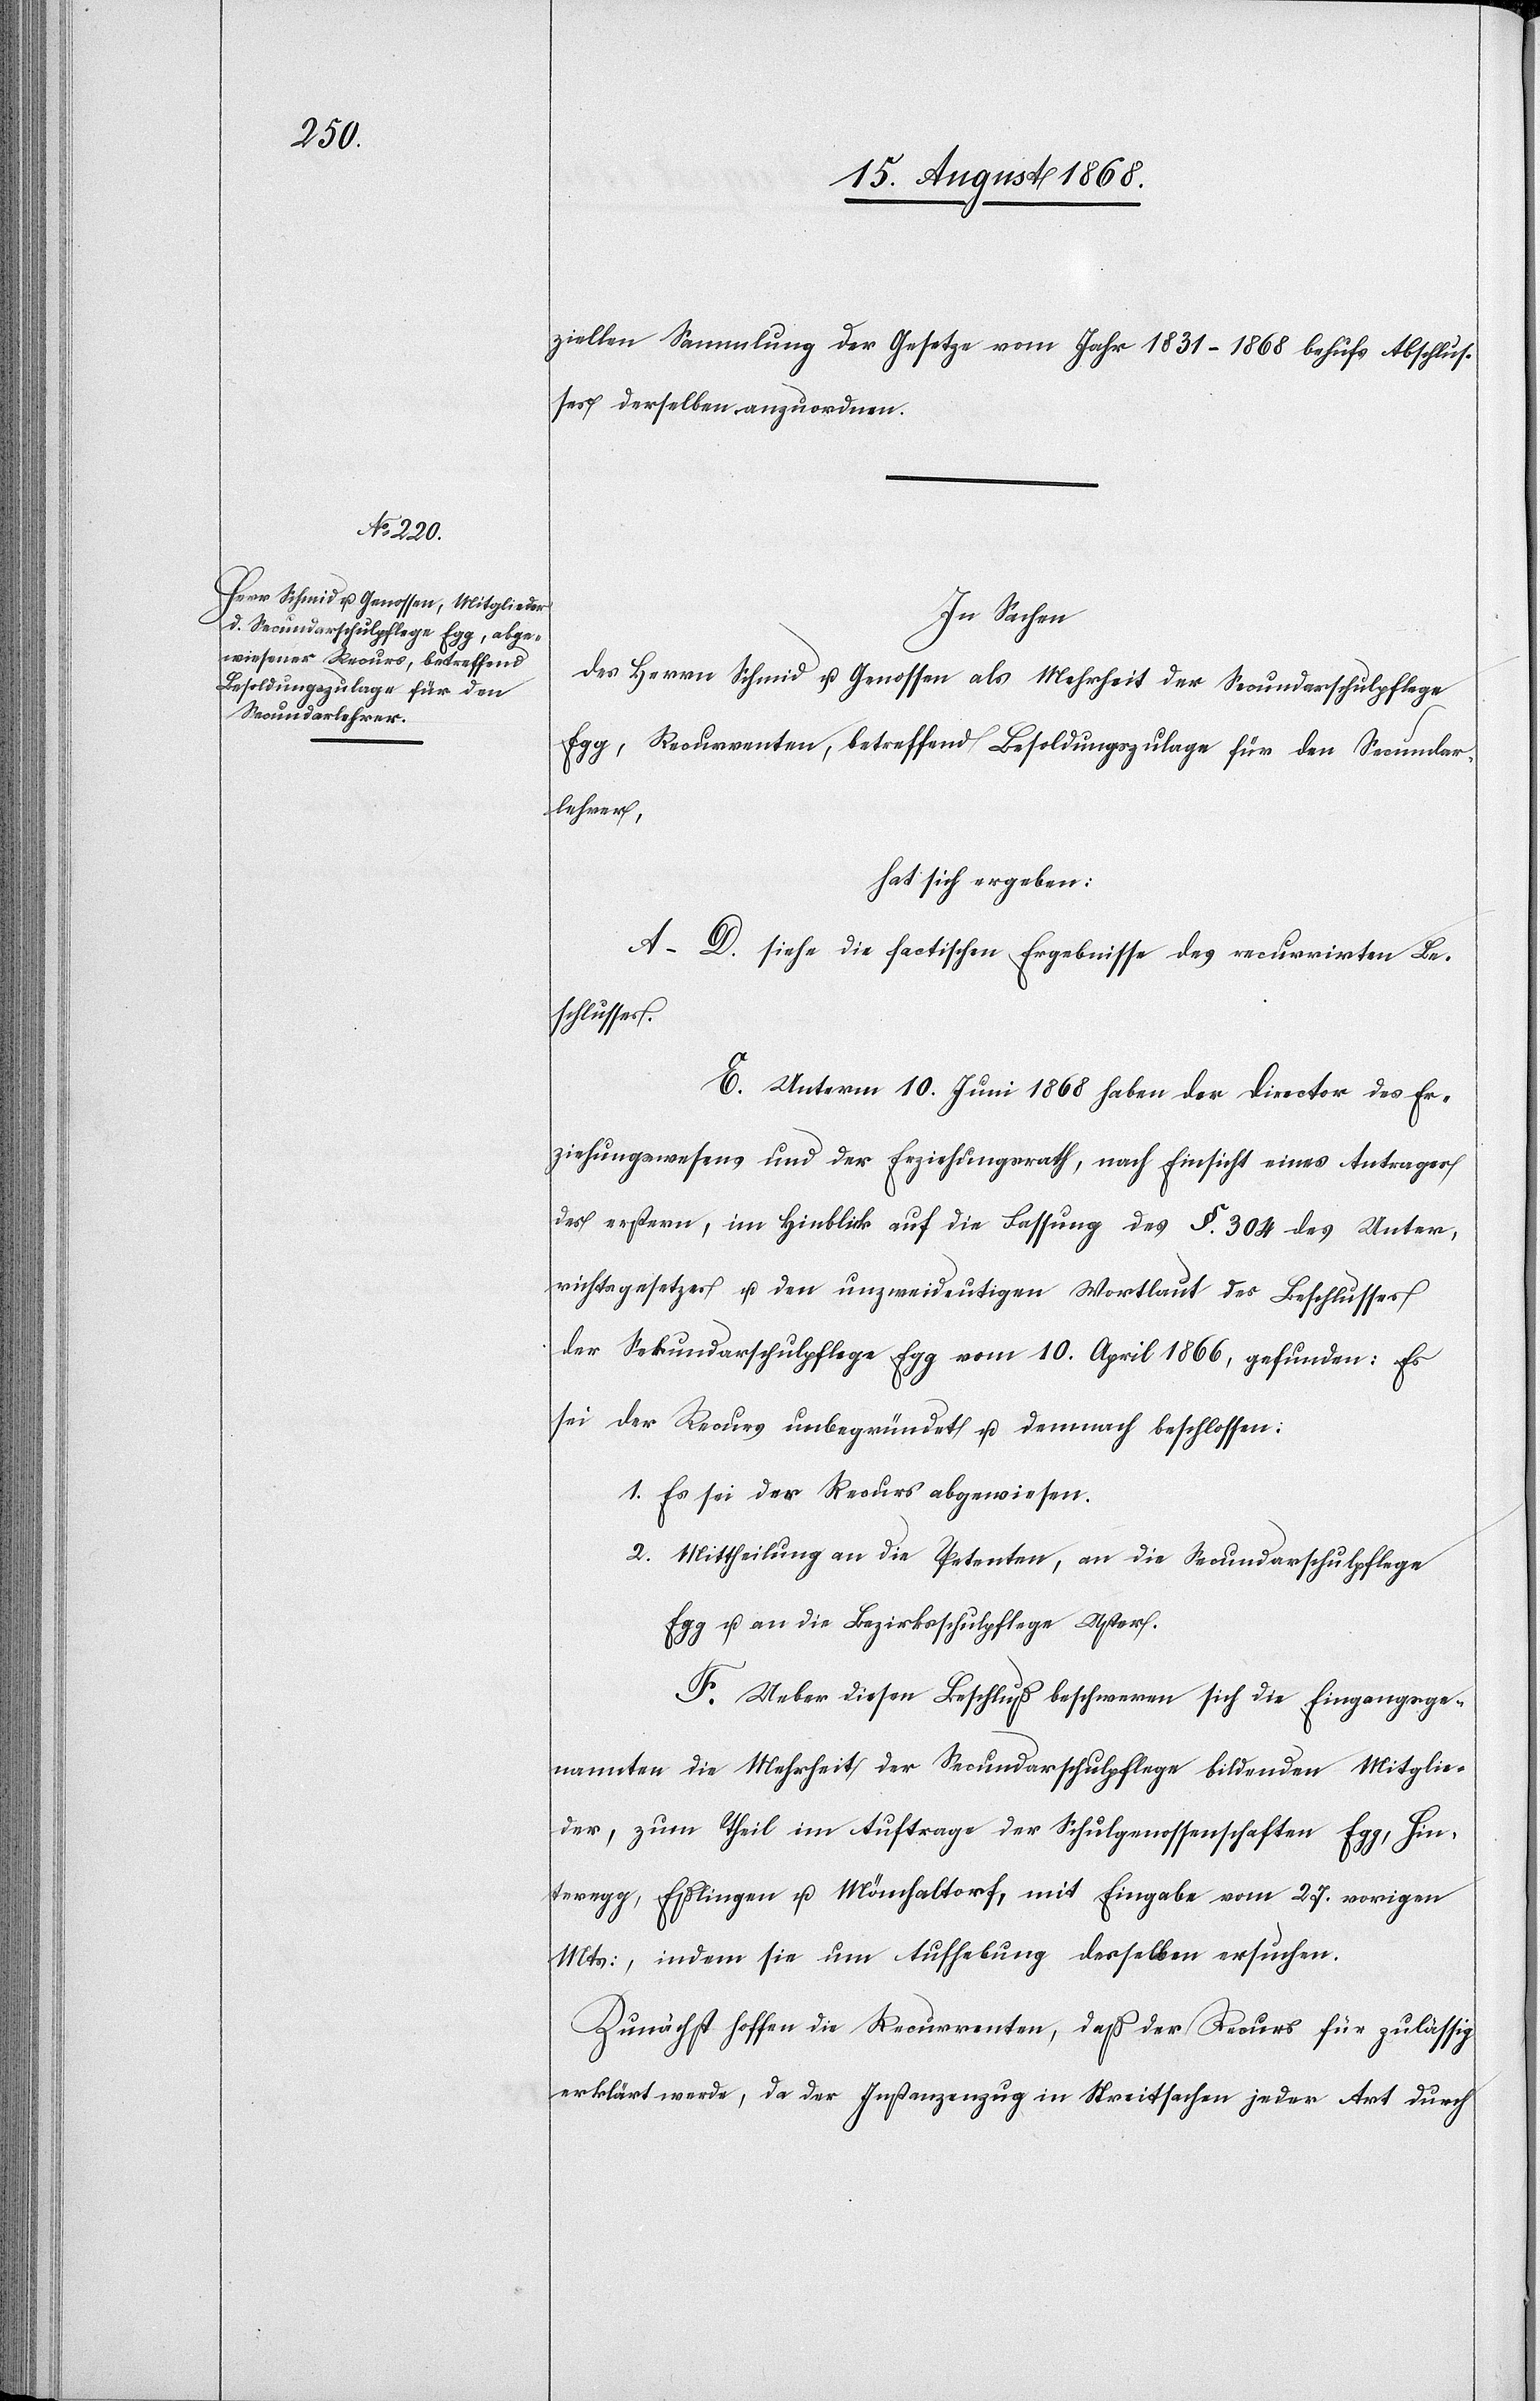
ziellen Sammlung der Gesetze vom Jahr 1831–1868 behufs Abschlus¬
ses derselben anzuordnen.
In Sachen
des Herrn Schmid u. Genossen als Mehrheit der Secundarschulpflege
Egg, Recurrenten, betreffend Besoldungszulage für den Secundar¬
lehrer,
hat sich ergeben:
A–D. siehe die factischen Ergebnisse des recurrirten Be¬
schlusses.
E. Unterm 10. Juni 1868 haben der Director des Er¬
ziehungswesens und der Erziehungsrath, nach Einsicht eines Antrages
des erstern, im Hinblick auf die Fassung des §. 304 des Unter¬
richtsgesetzes u. den unzweideutigen Wortlaut des Beschlusses
der Sekundarschulpflege Egg vom 10. April 1866, gefunden: Es
sei der Recurs unbegründet u. demnach beschlossen:
Es sei der Recurs abgewiesen.
Mittheilung an die Petenten, an die Secundarschulpflege
Egg u. an die Bezirksschulpflege Uster.
F. Ueber diesen Beschluß beschweren sich die Eingangsge¬
nannten die Mehrheit der Secundarschulpflege bildenden Mitglie¬
der, zum Theil im Auftrage der Schulgenossenschaften Egg, Hin¬
teregg, Eßlingen u. Mönchaltorf, mit Eingabe vom 27. vorigen
Mts:, indem sie um Aufhebung desselben ersuchen.
Zunächst hoffen die Recurrenten, daß der Recurs für zulässig
erklärt werde, da der Instanzenzug in Streitsachen jeder Art durch